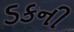
ડકની